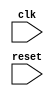
module timing_control_and_sync (
    input wire clk,
    input wire reset,
    // Define all necessary input and output signals

    // Define all necessary internal signals

    // Define all necessary logic for managing clock domains and domain crossings

    // Define all necessary buffering logic

    // Define all necessary synchronization logic

    // Define all necessary signal timing constraints

    // Define all other necessary logic for reliable and efficient operation of the bus controller

);

    // Your Verilog code here

endmodule